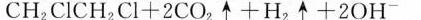
C H _ { 2 } C l C H _{ 2 } C l + 2 C O _{ 2 } \uparrow + H_{ 2 } \uparrow + 2 O H ^{ - }$$